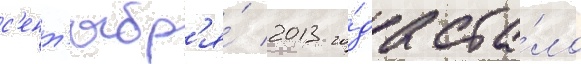
с'ент'ябр'я́ 2013 го́да ста́ло